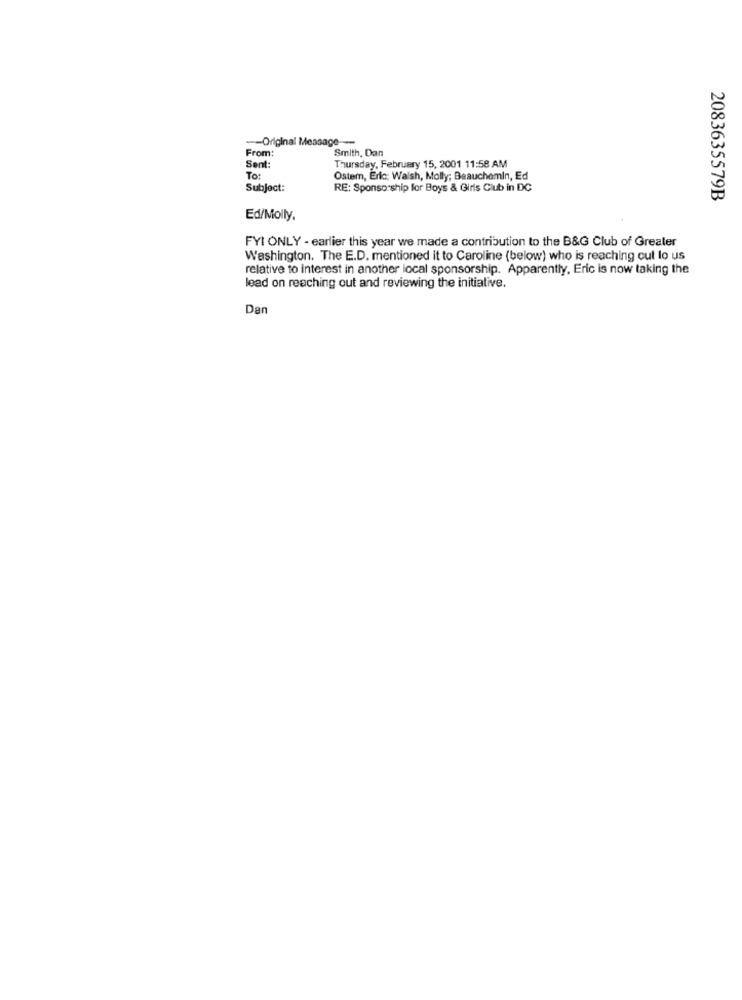
-- Original Message ---
From:
Smith, Dan
Sent:
Thursday, February 15, 2001 11:58 AM
To:
Ostem, Eric; Walsh, Molly; Beauchemin, Ed
Subject:
RE: Sponsorship for Boys & Girls Club in DC
2083635579B
Ed/Molly,
FYI ONLY - earlier this year we made a contribution to the B&G Club of Greater
Washington. The E.D. mentioned it to Caroline (below) who is reaching out lo us
relative to interest in another local sponsorship. Apparently, Eric is now taking the
lead on reaching out and reviewing the initiative.
Dan